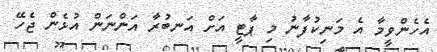
އެހެންވީމާ އެ މަނިކުފާނު މި ޕާޓީ އަށް އަނބުރާ އަންނަން އުޅެން ޖެހޭ